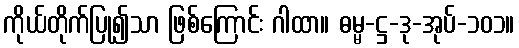
ကိုယ်တိုက်ပြု၍သာ ဖြစ်ကြောင်း ဂါထာ။ ဓမ္မ-ဋ္ဌ-ဒု-အုပ်-၁၀၁။